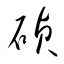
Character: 碵